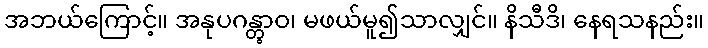
အဘယ်ကြောင့်။ အနုပဂန္တွာဝ၊ မဖယ်မူ၍သာလျှင်။ နိသီဒိ၊ နေရသနည်း။